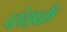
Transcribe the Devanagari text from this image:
पंथके